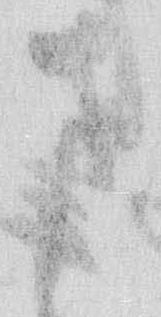
さ